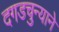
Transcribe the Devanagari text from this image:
दगडचुन्याने